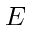
{ \cal E }